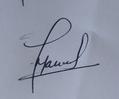
Signature authenticity: genuine